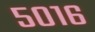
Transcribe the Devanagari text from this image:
५०१६